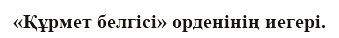
«Құрмет белгісі» орденінің иегері.